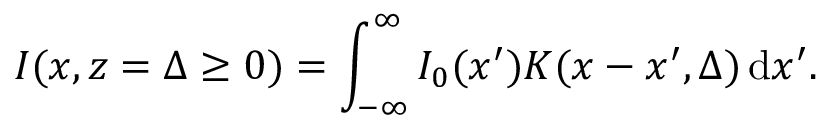
I ( x , z = \Delta \ge 0 ) = \int _ { - \infty } ^ { \infty } I _ { 0 } ( x ^ { \prime } ) K ( x - x ^ { \prime } , \Delta ) \, \mathrm { d } x ^ { \prime } .